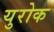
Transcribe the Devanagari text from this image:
युरोक